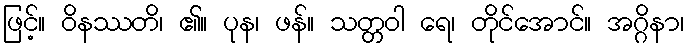
ဖြင့်။ ဝိနဿတိ၊ ၏။ ပုန၊ ဖန်။ သတ္တဝါ ရေ၊ တိုင်အောင်။ အဂ္ဂိနာ၊